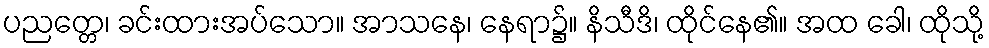
ပညတ္တေ၊ ခင်းထားအပ်သော။ အာသနေ၊ နေရာ၌။ နိသီဒိ၊ ထိုင်နေ၏။ အထ ခေါ၊ ထိုသို့